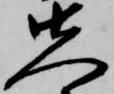
先